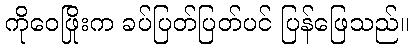
ကိုဝေဖြိုးက ခပ်ပြတ်ပြတ်ပင် ပြန်ဖြေသည်။